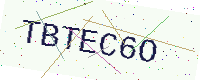
Text: TBTEC6O